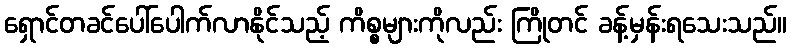
ရှောင်တခင်ပေါ်ပေါက်လာနိုင်သည့် ကိစ္စများကိုလည်း ကြိုတင် ခန့်မှန်းရသေးသည်။